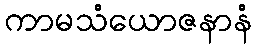
ကာမသံယောဇနာနံ